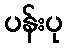
ပန်းပု